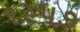
૧૯૫૭